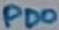
Text: PD0